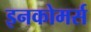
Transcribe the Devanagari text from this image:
इनकोमर्स